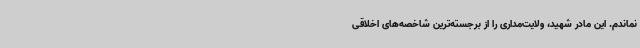
نماندم. این مادر شهید، ولایت‌مداری را از برجسته‌ترین شاخصه‌های اخلاقی